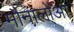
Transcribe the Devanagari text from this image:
मौनालोआ